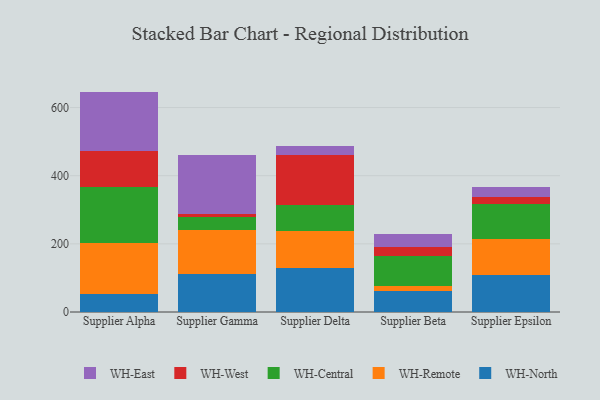
{"axis": {"x": "Supplier", "y": "Waste Production (Tons)"}, "legend": ["WH-Central", "WH-East", "WH-North", "WH-Remote", "WH-West"], "data": [{"x": "Supplier Alpha", "y": 51.7, "type": "WH-North"}, {"x": "Supplier Alpha", "y": 150.3, "type": "WH-Remote"}, {"x": "Supplier Alpha", "y": 165.6, "type": "WH-Central"}, {"x": "Supplier Alpha", "y": 105.2, "type": "WH-West"}, {"x": "Supplier Alpha", "y": 174.0, "type": "WH-East"}, {"x": "Supplier Gamma", "y": 110.7, "type": "WH-North"}, {"x": "Supplier Gamma", "y": 130.6, "type": "WH-Remote"}, {"x": "Supplier Gamma", "y": 38.5, "type": "WH-Central"}, {"x": "Supplier Gamma", "y": 8.7, "type": "WH-West"}, {"x": "Supplier Gamma", "y": 171.5, "type": "WH-East"}, {"x": "Supplier Delta", "y": 128.0, "type": "WH-North"}, {"x": "Supplier Delta", "y": 110.7, "type": "WH-Remote"}, {"x": "Supplier Delta", "y": 74.6, "type": "WH-Central"}, {"x": "Supplier Delta", "y": 146.0, "type": "WH-West"}, {"x": "Supplier Delta", "y": 27.5, "type": "WH-East"}, {"x": "Supplier Beta", "y": 62.3, "type": "WH-North"}, {"x": "Supplier Beta", "y": 14.9, "type": "WH-Remote"}, {"x": "Supplier Beta", "y": 85.7, "type": "WH-Central"}, {"x": "Supplier Beta", "y": 26.8, "type": "WH-West"}, {"x": "Supplier Beta", "y": 40.6, "type": "WH-East"}, {"x": "Supplier Epsilon", "y": 107.8, "type": "WH-North"}, {"x": "Supplier Epsilon", "y": 106.4, "type": "WH-Remote"}, {"x": "Supplier Epsilon", "y": 102.0, "type": "WH-Central"}, {"x": "Supplier Epsilon", "y": 20.7, "type": "WH-West"}, {"x": "Supplier Epsilon", "y": 30.2, "type": "WH-East"}]}